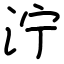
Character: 泞